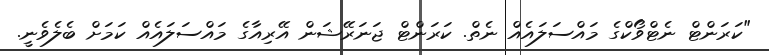
"ކަރަންޓް ނެޓްވޯކްގެ މައްސަލައެއް ނެތް. ކަރަންޓް ޖަނަރޭޝަން އޭރިއާގެ މައްސަލައެއް ކަމަށް ބެލެވެނީ.